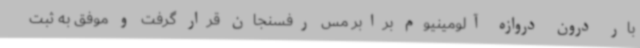
بار درون دروازه آلومینیوم برابر مس رفسنجان قرار گرفت و موفق به ثبت